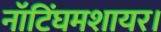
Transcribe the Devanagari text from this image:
नॉटिंघमशायर।